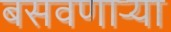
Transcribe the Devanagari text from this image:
बसवणार्‍या